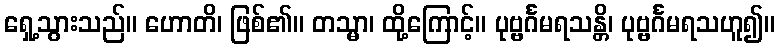
ရှေ့သွားသည်။ ဟောတိ၊ ဖြစ်၏။ တသ္မာ၊ ထို့ကြောင့်။ ပုဗ္ဗင်္ဂမရသန္တိ၊ ပုဗ္ဗင်္ဂမရသဟူ၍။